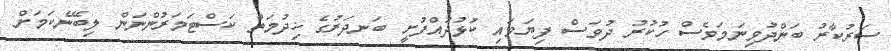
ސަރުކާރު ބަންދުވިނަމަވެސް ހުކުރު ދުވަސް ފިޔަވައި ކުޅުދުއްފުށީ ބަނދަރުގެ ޚިދުމަތް ކަސްޓަމަރުންނަން ލިބޭނެކަމަށް